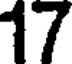
17